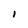
Character: I